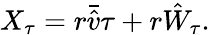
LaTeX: X_{\tau}=r\bar{\hat{v}}\tau+r\hat{W}_{\tau}.